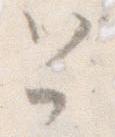
と